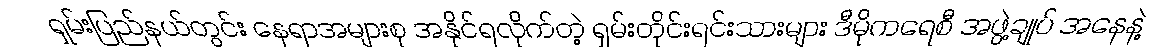
ရှမ်းပြည်နယ်တွင်း နေရာအများစု အနိုင်ရလိုက်တဲ့ ရှမ်းတိုင်းရင်းသားများ ဒီမိုကရေစီ အဖွဲ့ချုပ် အနေနဲ့